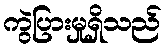
ကွဲပြားမှုရှိသည်